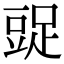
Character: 𧯩